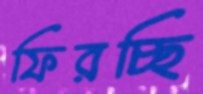
ফিরচ্ছি